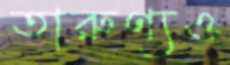
তারুণ্যও